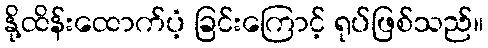
နို့ထိန်းထောက်ပံ့ ခြင်းကြောင့် ရုပ်ဖြစ်သည်။